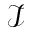
\mathcal I